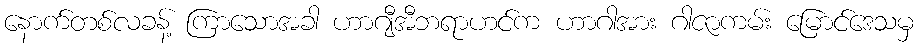
နောက်တစ်လခန့် ကြာသောအခါ ဟာဂျီအီဘရာဟင်က ဟာဂါအား ဂါဇာကမ်း မြောင်ဒေသမှ